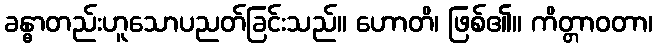
ခန္ဓာတည်းဟူသောပညတ်ခြင်းသည်။ ဟောတိ၊ ဖြစ်၏။ ကိတ္တာဝတာ၊